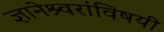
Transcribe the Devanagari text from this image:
ज्ञानेश्र्वरांविषयी